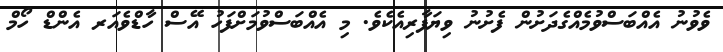
ވެވުނު އެއްބަސްވުމެއްގެދަށުން ފެށުނު ވިޔަފާރިއެކެވެ. މި އެއްބަސްވުމަށްފަހު އޭސް ހާޑްވެއަރ އެންޑް ހޯމް